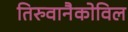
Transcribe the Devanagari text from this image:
तिरुवानैकोविल